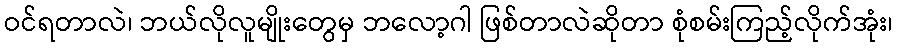
ဝင်ရတာလဲ၊ ဘယ်လိုလူမျိုးတွေမှ ဘလော့ဂါ ဖြစ်တာလဲဆိုတာ စုံစမ်းကြည့်လိုက်အုံး၊